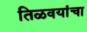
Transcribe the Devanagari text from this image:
तिळवयांचा